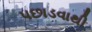
પછાડવાથી